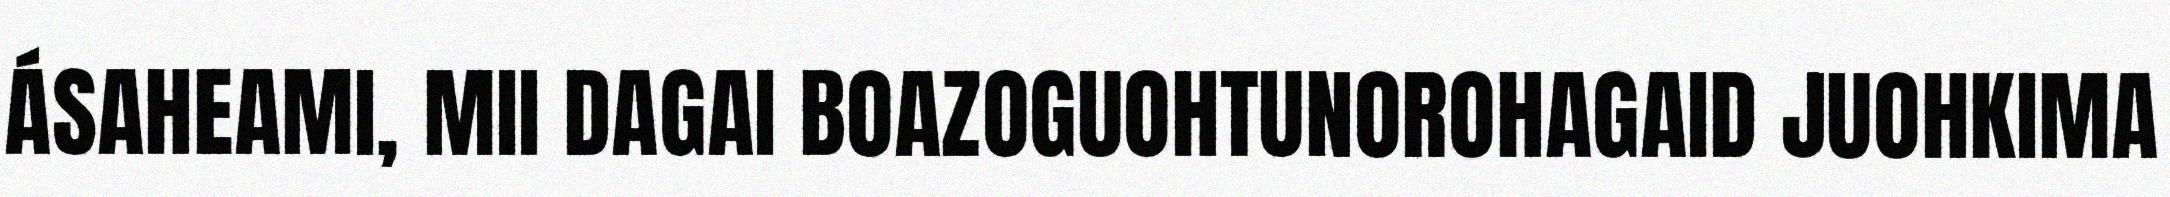
ÁSAHEAMI, MII DAGAI BOAZOGUOHTUNOROHAGAID JUOHKIMA